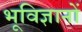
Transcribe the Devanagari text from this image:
भूविज्ञानों